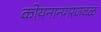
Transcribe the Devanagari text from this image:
कोयनानगरजवळ